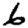
Digit: 6